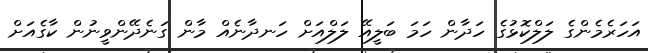
އަހަރެމެންގެ ލަލްކޮޅުގެ ހަދާން ހަމަ ބަލީއޭ ލަލްއަށް ހަނދާނެއް މާން ގަނެދޭންވީނުން ކާގެއަށް